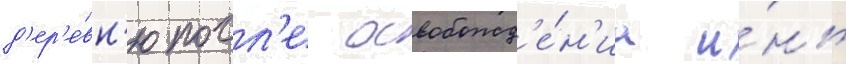
д'ер'е́вн'ю посл'е освобожд'е́н'иа и́нь